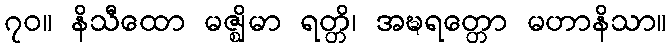
၇၀။ နိသီထော မဇ္ဈိမာ ရတ္တိ၊ အဍ္ဎရတ္တော မဟာနိသာ။